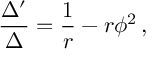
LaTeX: \frac { \Delta ^ { \prime } } { \Delta } = \frac { 1 } { r } - r \phi ^ { 2 } \, ,